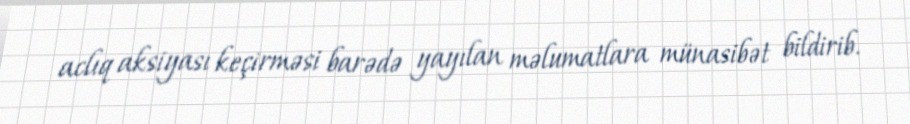
aclıq aksiyası keçirməsi barədə yayılan məlumatlara münasibət bildirib.